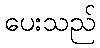
ပေးသည်